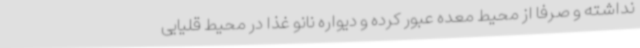
نداشته و صرفاً از محیط معده عبور کرده و دیواره نانو غذا در محیط قلیایی